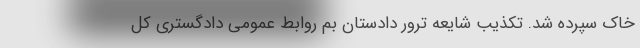
خاک سپرده شد. تکذیب شایعه ترور دادستان بم روابط عمومی دادگستری کل